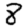
Digit: 8